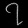
Digit: ၇